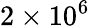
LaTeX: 2\times 10^{6}